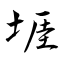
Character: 堐